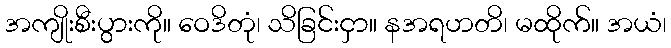
အကျိုးစီးပွားကို။ ဝေဒိတုံ၊ သိခြင်းငှာ။ နအရဟတိ၊ မထိုက်။ အယံ၊